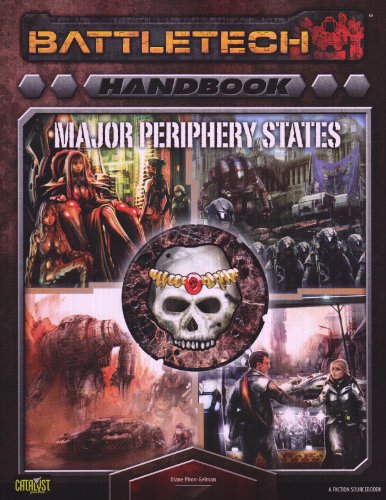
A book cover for Battletech Major Periphery States; Diane Piron-Gelman; Science Fiction & Fantasy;